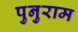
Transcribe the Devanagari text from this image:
पुनुराम